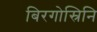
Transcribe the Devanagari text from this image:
बिरगोस्रिनि